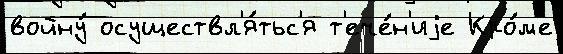
войну́ осуществл'я́тьс'я т'ече́н'иjе Кро́м'е